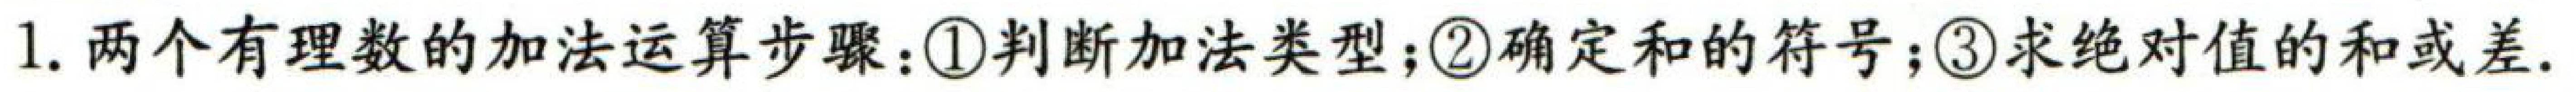
1. 两个有理数的加法运算步骤：\textcircled{1}判断加法类型；\textcircled{2}确定和的符号；\textcircled{3}求绝对值的和或差.